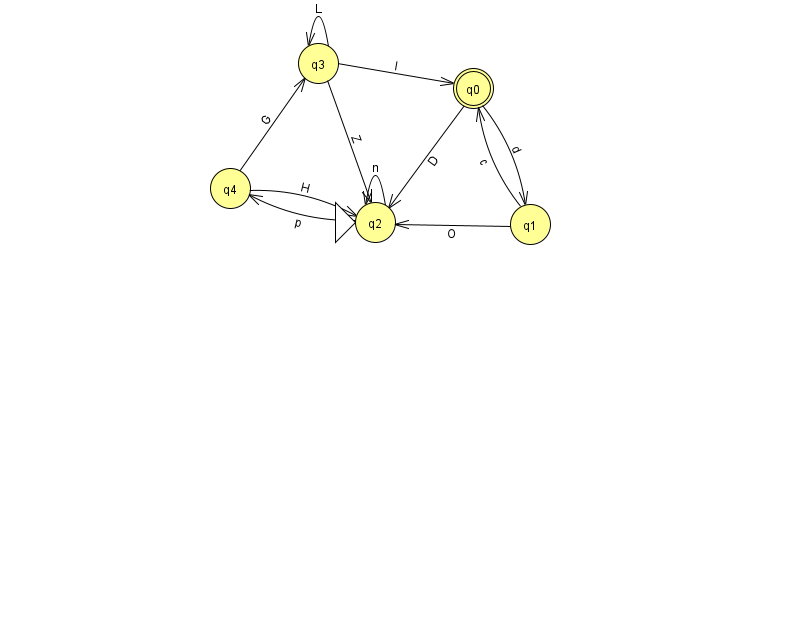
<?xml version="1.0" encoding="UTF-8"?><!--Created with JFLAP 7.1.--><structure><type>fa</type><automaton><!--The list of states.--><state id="0" name="q0"><x>473.0</x><y>75.0</y><final/></state><state id="1" name="q1"><x>530.0</x><y>211.0</y></state><state id="2" name="q2"><x>375.0</x><y>209.0</y><initial/></state><state id="3" name="q3"><x>318.0</x><y>50.0</y></state><state id="4" name="q4"><x>230.0</x><y>175.0</y></state><!--The list of transitions.--><transition><from>3</from><to>0</to><read>l</read></transition><transition><from>4</from><to>3</to><read>G</read></transition><transition><from>2</from><to>4</to><read>p</read></transition><transition><from>0</from><to>1</to><read>d</read></transition><transition><from>3</from><to>2</to><read>Z</read></transition><transition><from>0</from><to>2</to><read>D</read></transition><transition><from>3</from><to>3</to><read>L</read></transition><transition><from>1</from><to>2</to><read>O</read></transition><transition><from>2</from><to>2</to><read>n</read></transition><transition><from>1</from><to>0</to><read>c</read></transition><transition><from>4</from><to>2</to><read>H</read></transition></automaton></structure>